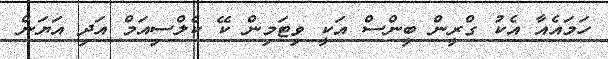
ހަމައެއާ އެކު ގްރީން ބީންސް އަކީ ވިޓަމިން ކޭ ކެލްސިއަމް އަދި އަޔަން